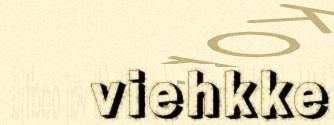
viehkke